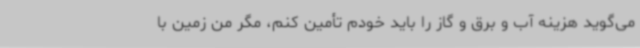
می‌گوید هزینه آب و برق و گاز را باید خودم تأمین کنم، مگر من زمین با